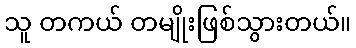
သူ တကယ် တမျိုးဖြစ်သွားတယ်။